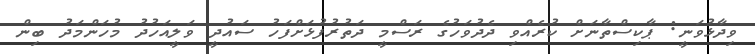
ވިދާޅުވަނީ: ޕާކިސްތާނަށް ކުރެއްވި ދެދުވަހުގެ ރަސްމީ ދަތުރުފުޅަށްފަހު ސައުދީ ވަލީއަހުދު މުހަންމަދު ބިން